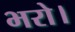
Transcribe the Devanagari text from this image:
भरो।